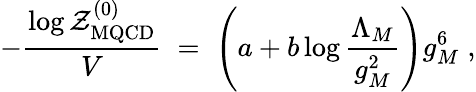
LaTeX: -{\frac{\log{\cal Z}_{\mathrm{MQCD}}^{(0)}}{V}}\; =\; \left(a+b\log{\frac{\Lambda_{M}}{g_{M}^{2}}}\right)g_{M}^{6}\; ,